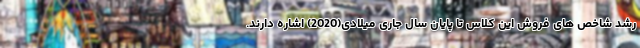
رشد شاخص های فروش این کلاس تا پایان سال جاری میلادی(2020) اشاره دارند.